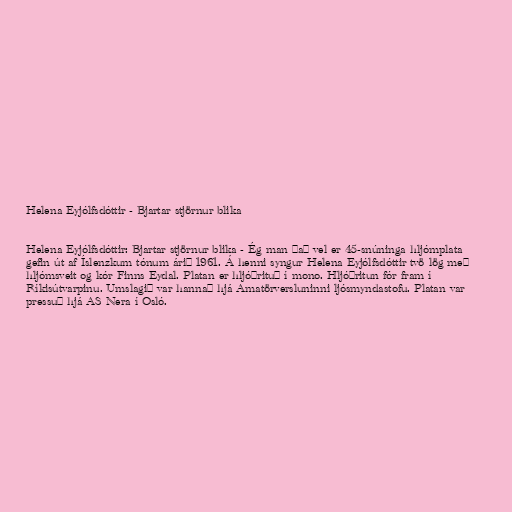
Helena Eyjólfsdóttir - Bjartar stjörnur blika

Helena Eyjólfsdóttir: Bjartar stjörnur blika - Ég man það vel er 45-snúninga hljómplata
gefin út af Íslenzkum tónum árið 1961. Á henni syngur Helena Eyjólfsdóttir tvö lög með
hljómsveit og kór Finns Eydal. Platan er hljóðrituð í mono. Hljóðritun fór fram í
Ríkisútvarpinu. Umslagið var hannað hjá Amatörversluninni ljósmyndastofu. Platan var
pressuð hjá AS Nera í Osló.